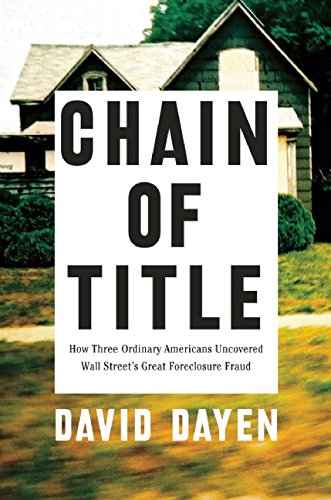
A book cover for Chain of Title: How Three Ordinary Americans Uncovered Wall Street's Great Foreclosure Fraud; David Dayen; Business & Money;